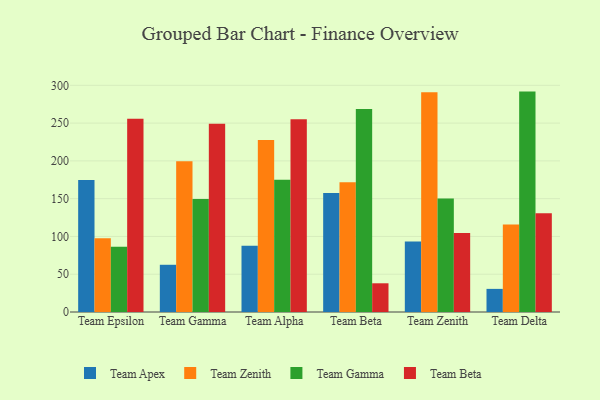
{"axis": {"x": "Team", "y": "Inventory Turnover"}, "legend": ["Team Apex", "Team Beta", "Team Gamma", "Team Zenith"], "data": [{"x": "Team Epsilon", "y": 174.6, "type": "Team Apex"}, {"x": "Team Epsilon", "y": 97.5, "type": "Team Zenith"}, {"x": "Team Epsilon", "y": 86.3, "type": "Team Gamma"}, {"x": "Team Epsilon", "y": 255.7, "type": "Team Beta"}, {"x": "Team Gamma", "y": 62.5, "type": "Team Apex"}, {"x": "Team Gamma", "y": 199.4, "type": "Team Zenith"}, {"x": "Team Gamma", "y": 149.4, "type": "Team Gamma"}, {"x": "Team Gamma", "y": 249.1, "type": "Team Beta"}, {"x": "Team Alpha", "y": 87.6, "type": "Team Apex"}, {"x": "Team Alpha", "y": 227.7, "type": "Team Zenith"}, {"x": "Team Alpha", "y": 175.1, "type": "Team Gamma"}, {"x": "Team Alpha", "y": 255.2, "type": "Team Beta"}, {"x": "Team Beta", "y": 157.5, "type": "Team Apex"}, {"x": "Team Beta", "y": 171.8, "type": "Team Zenith"}, {"x": "Team Beta", "y": 268.6, "type": "Team Gamma"}, {"x": "Team Beta", "y": 38.0, "type": "Team Beta"}, {"x": "Team Zenith", "y": 93.3, "type": "Team Apex"}, {"x": "Team Zenith", "y": 291.0, "type": "Team Zenith"}, {"x": "Team Zenith", "y": 150.2, "type": "Team Gamma"}, {"x": "Team Zenith", "y": 104.6, "type": "Team Beta"}, {"x": "Team Delta", "y": 30.6, "type": "Team Apex"}, {"x": "Team Delta", "y": 115.8, "type": "Team Zenith"}, {"x": "Team Delta", "y": 291.7, "type": "Team Gamma"}, {"x": "Team Delta", "y": 130.6, "type": "Team Beta"}]}